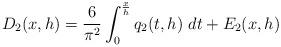
LaTeX: \begin{align*} D_{2}(x,h) = \frac{6}{\pi^2}\int_{0}^{\frac{x}{h}} q_2(t,h)\mbox{ }dt + E_2(x,h)\end{align*}